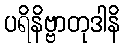
ပရိနိဗ္ဗာတုဒါနိ